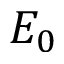
E _ { 0 }